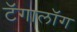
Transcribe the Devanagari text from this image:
टॅगालॉग